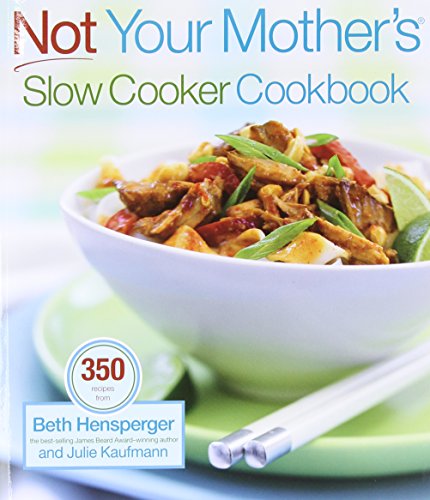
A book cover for Not Your Mother's Slow Cooker Cookbook (NYM Series); Beth  Hensperger; Cookbooks, Food & Wine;